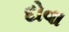
દોવા